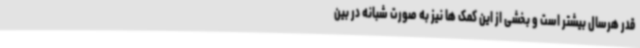
قدر هرسال بیشتر است و بخشی از این کمک ها نیز به صورت شبانه در بین